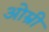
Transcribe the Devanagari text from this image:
ओम्री